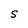
Character: S